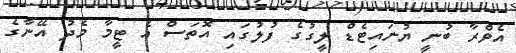
އެވްރާ ބުނީ ޔުނައިޓެޑް ލީގުގެ ފުލުގައި އޮތަސް އެ ޓީމާ މެދު އޭނާގެ